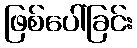
ဖြစ်ပေါ်ခြင်း